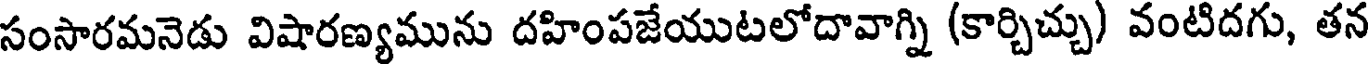
సంసారమనెడు విషారణ్యమును దహింపజేయుటలోదావాగ్ని (కార్చిచ్చు) వంటిదగు, తన